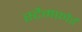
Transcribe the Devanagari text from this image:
स्टैमफ़ोर्ड